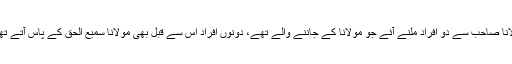
ذرائع کے مطابق مولانا سمیع الحق کے زیر حراست ملازمین نے تفتیش میں بیان دیا کہ مولانا صاحب سے دو افراد ملنے آئے جو مولانا کے جاننے والے تھے، دونوں افراد اس سے قبل بھی مولانا سمیع الحق کے پاس آتے تھے، دونوں افراد نے مولانا صاحب سے درخواست کی کہ آپ سے اکیلے میں بات کرنی ہے۔